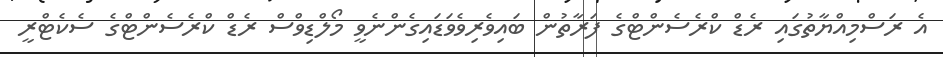
އެ ރަސްމިއްޔާތުގައި ރެޑް ކްރެސެންޓްގެ ފަރާތުން ބައިވެރިވެވަޑައިގެންނެވީ މޯލްޑިވްސް ރެޑް ކްރެސެންޓްގެ ސެކެޓްރީ